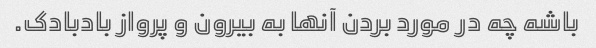
باشه چه در مورد بردن آنها به بیرون و پرواز بادبادک.